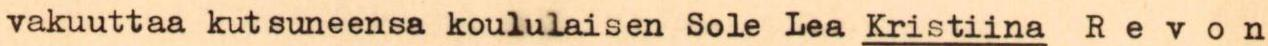
vakuuttaa kutsuneensa koululaisen Sole Lea Kristiina Revon